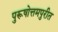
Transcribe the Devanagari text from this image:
पुरूषोत्तमपुरीत